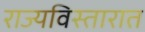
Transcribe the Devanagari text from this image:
राज्यविस्तारात